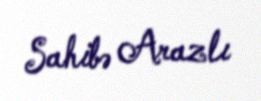
Sahibə Arazlı